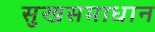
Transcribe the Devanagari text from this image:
सुखसमाधान